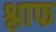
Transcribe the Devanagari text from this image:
श्लाफ